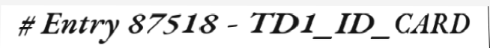
# Entry 87518 - TD1_ID_CARD